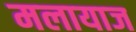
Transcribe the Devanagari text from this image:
मलायाज